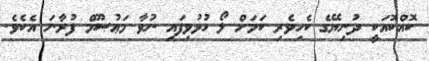
ކޮއްކޮއަކީ ދުނިޔޭގެ ކެހިވެރި ކަމަށް ލޯ ހުޅުވިފައި ނުވާ މަޢުޞޫމް ފުރާނަ އެކެވެ.